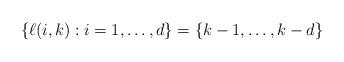
LaTeX: \begin{align*}\{\ell(i,k) : i = 1,\ldots,d\} = \{k - 1,\ldots,k - d\}\end{align*}